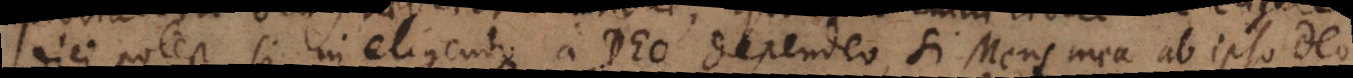
dici potest, si in eligendo a Deo dependeo, si Mens mea ab ipso